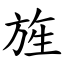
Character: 旌